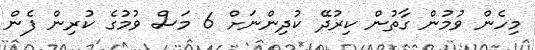
މިހެން ވުމުން ގާތުން ކިރުދޭ ކުދިންނަށް 6 މަސް ވުމުގެ ކުރިން ފެން